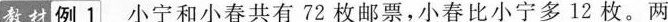
教材例1小宁和小春共有72枚邮票，小春比小宁多12枚。两